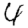
Digit: 4